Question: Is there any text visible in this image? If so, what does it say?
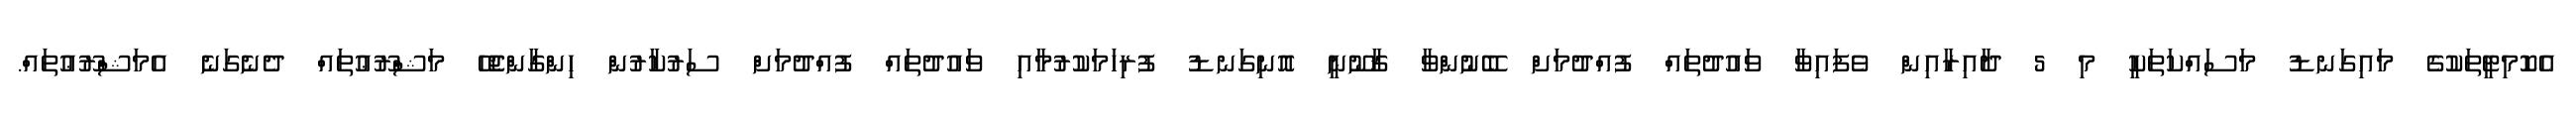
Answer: އެކޮމިޓީތަކުގެ މައިގަނޑު މަސައްކަތަކީ މި 5 ދާއިރާއިން ވެފައިވާ ވައުދުތައް ފުއްދުމަށް ބޭނުންވާ ޤާނޫނީ އޮނިގަނޑު ފުރިހަމަކުރުމާއި ވައުދުތައް ފުއްދުމަށް ސަރުކާރުން ހިންގާންޖެހޭ މަޝްރޫޢުތައް ދެނެގަނެ އެމަޝްރޫޢުތައް.